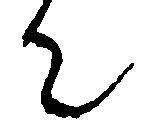
て